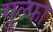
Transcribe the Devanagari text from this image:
गुल्फा